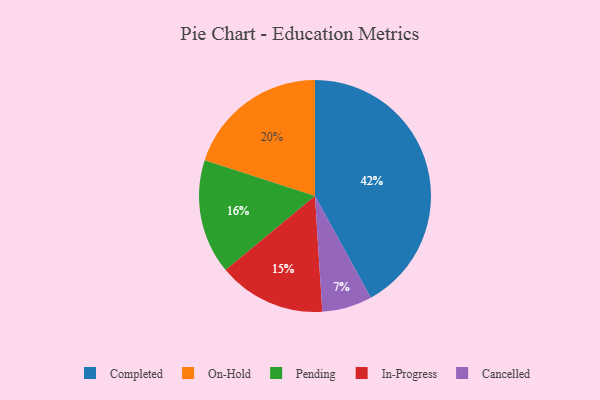
{"axis": {"x": "Category", "y": "Percentage"}, "legend": ["Cancelled", "Completed", "In-Progress", "On-Hold", "Pending"], "data": [{"x": "On-Hold", "y": 20, "type": "On-Hold"}, {"x": "Completed", "y": 42, "type": "Completed"}, {"x": "Pending", "y": 16, "type": "Pending"}, {"x": "Cancelled", "y": 7, "type": "Cancelled"}, {"x": "In-Progress", "y": 15, "type": "In-Progress"}]}